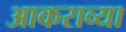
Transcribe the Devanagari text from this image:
आकराव्या